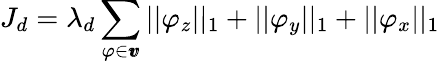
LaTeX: J_{d}=\lambda_{d}\sum_{\varphi\in\pmb{v}}||\varphi_{z}||_{1}+||\varphi_{y}||_{1}+||\varphi_{x}||_{1}